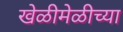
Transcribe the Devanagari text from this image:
खेळीमेळीच्या